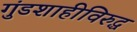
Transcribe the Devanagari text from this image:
गुंडशाहीविरुद्ध